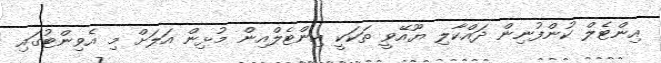
އިންޓެލް ކުންފުނިން ދައްކާލި ޔޫއޭވީ ތަކަކީ އިންޓެލްއިން މުޅިން އަލަށް މި އެވިންޓުގައި